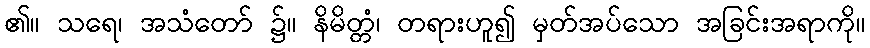
၏။ သရေ၊ အသံတော် ၌။ နိမိတ္တံ၊ တရားဟူ၍ မှတ်အပ်သော အခြင်းအရာကို။